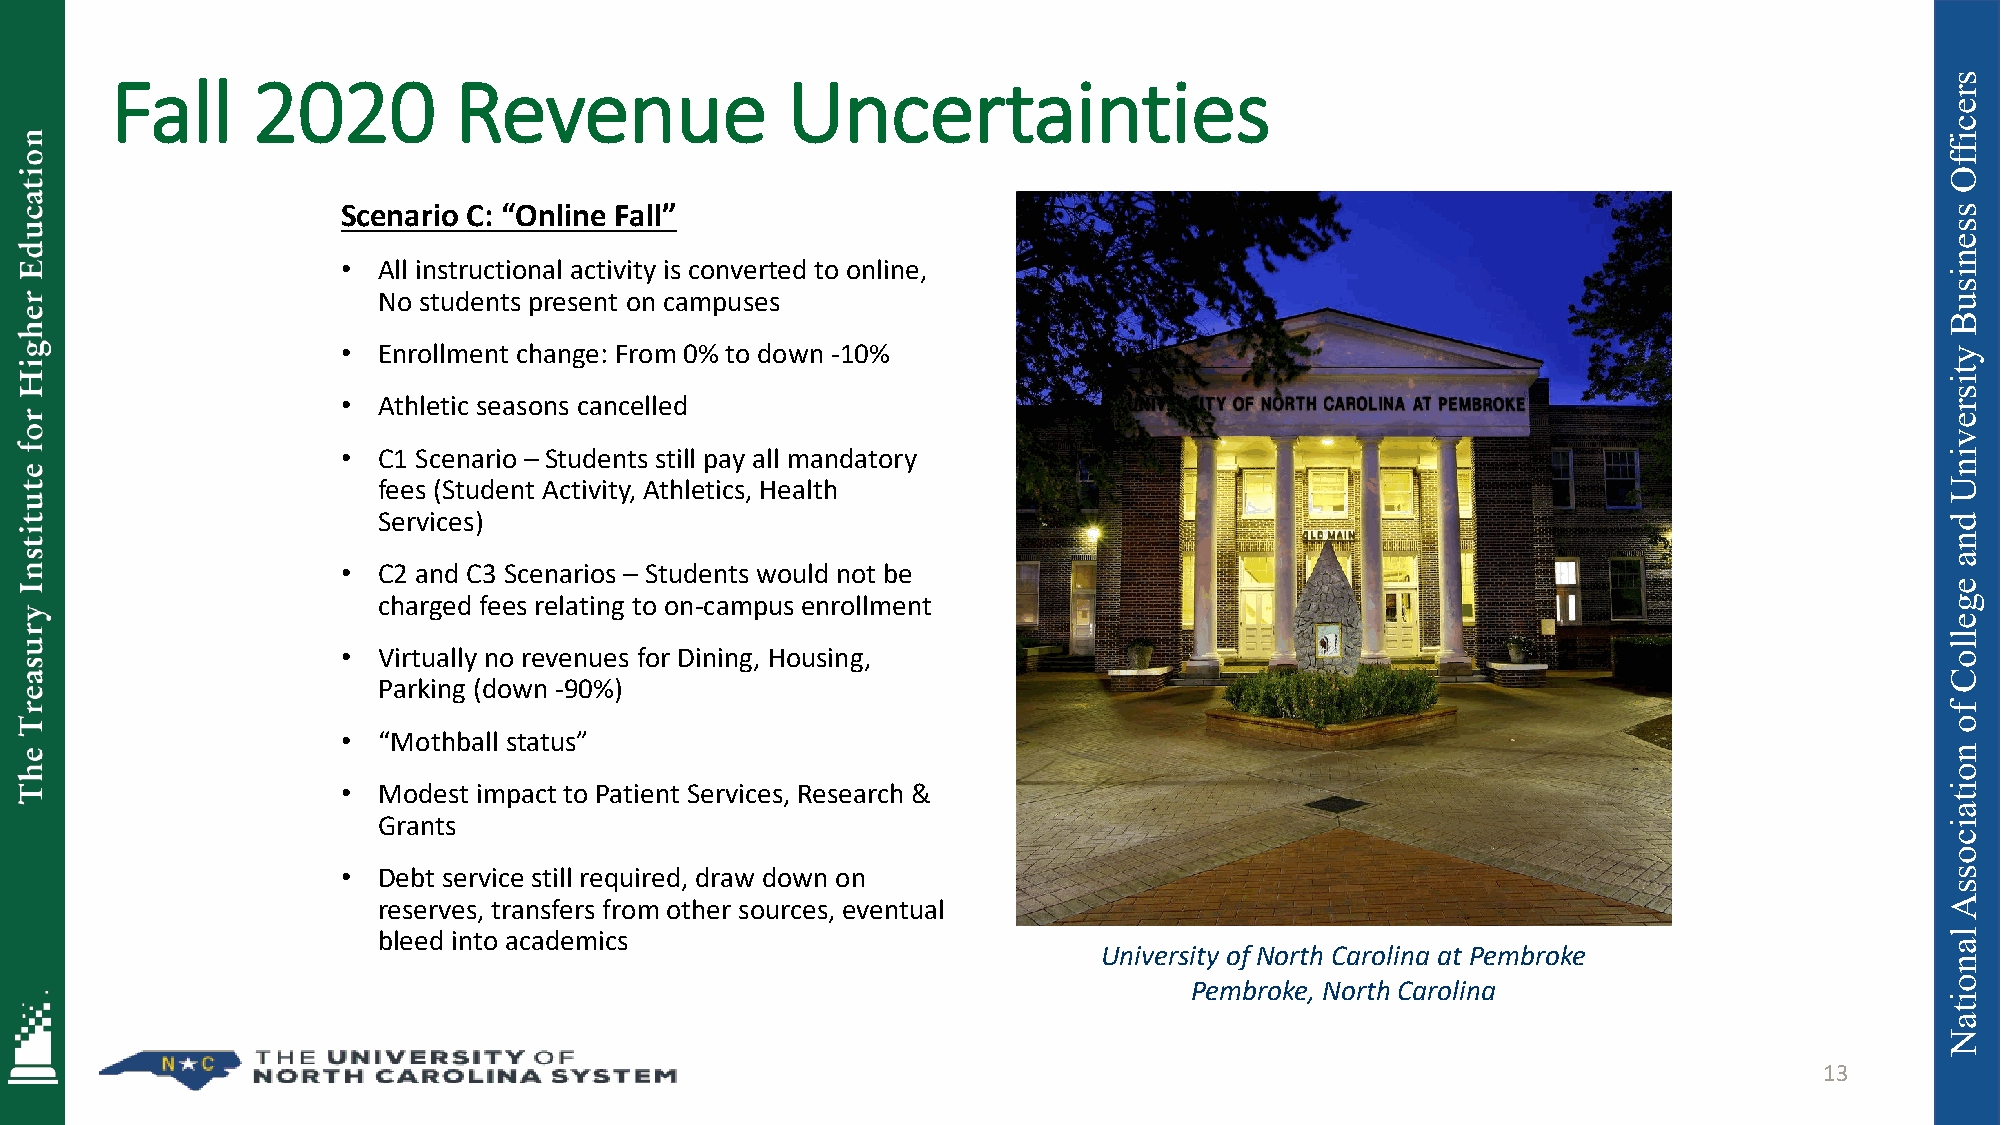
Fall      2020         Revenue               Uncertainties
 Scenario C: “Online Fall”
 • All instructional activity is converted to online,
 No students present on campuses
 • Enrollment change: From 0% to down -10%
 • Athletic seasons cancelled
 • C1 Scenario – Students still pay all mandatory
 fees (Student Activity, Athletics, Health
 Services)
 • C2 and C3 Scenarios – Students would not be
 charged fees relating to on-campus enrollment
 • Virtually no revenues for Dining, Housing,
 Parking (down -90%)
 • “Mothball status”
 • Modest impact to Patient Services, Research &
 Grants
 • Debt service still required, draw down on
 reserves, transfers from other sources, eventual
 bleed into academics
 University of North Carolina at Pembroke
 Pembroke, North Carolina
 13
 sreciffO
 ssenisuB
 ytisrevinU
 dna
 egelloC
 fo
 noitaicossA
 lanoitaN